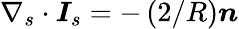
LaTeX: \nabla_{s}\cdot\boldsymbol{I}_{s}=-\left({2}/{R}\right)\boldsymbol{n}